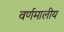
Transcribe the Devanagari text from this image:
वर्णमालीय